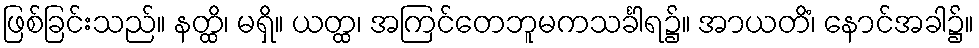
ဖြစ်ခြင်းသည်။ နတ္ထိ၊ မရှိ။ ယတ္ထ၊ အကြင်တေဘူမကသင်္ခါရ၌။ အာယတိံ၊ နောင်အခါ၌။